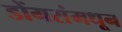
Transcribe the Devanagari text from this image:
डोंगरांमधून